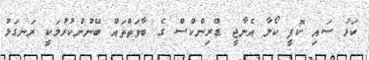
ކަޅު ސައި ކޮފީ ކޯލާ އެނާޖީ ޑްރިންކްސް ގެ ބާވަތްތައް ބޭނުންކުރުމަކީ ރަނގަޅު